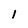
Character: 1